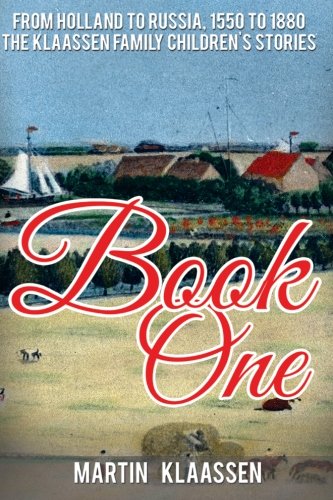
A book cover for The Klaassen Family Childrens' Stories: From Holland to Russia (Volume 1); Martin Klaassen; History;